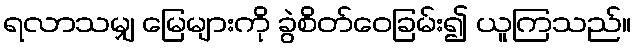
ရလာသမျှ မြေများကို ခွဲစိတ်ဝေခြမ်း၍ ယူကြသည်။